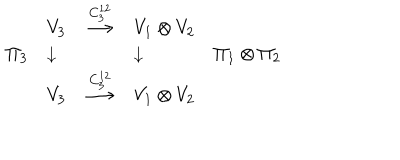
LaTeX: \begin{array} { l l c l l } { { } } & { { V _ { 3 } } } & { { \stackrel { C _ { 3 } ^ { 1 2 } } { \longrightarrow } } } & { { V _ { 1 } \otimes V _ { 2 } } } & { { } } \\ { { \Pi _ { 3 } } } & { { \downarrow } } & { { } } & { { \downarrow } } & { { \Pi _ { 1 } \otimes \Pi _ { 2 } } } \\ { { } } & { { V _ { 3 } } } & { { \stackrel { C _ { 3 } ^ { 1 2 } } { \longrightarrow } } } & { { V _ { 1 } \otimes V _ { 2 } } } & { { } } \\ \end{array}